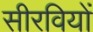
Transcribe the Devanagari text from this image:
सीरवियों